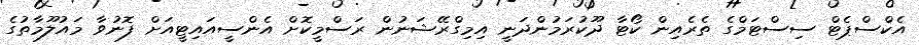
އެކްސްޕެޓް ސިސްޓަމްގެ ތެރެއިން ކޯޓާ ދޫކުރަމުންދަނީ އިމިގްރޭޝަނުން ރަސްމީކޮށް އެންސީއައިޓީއަށް ފޮނުވާ މައުލޫމާތުގެ